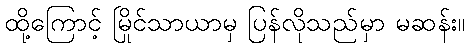
ထို့ကြောင့် မြိုင်သာယာမှ ပြန်လိုသည်မှာ မဆန်း။